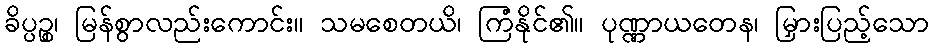
ခိပ္ပဉ္စ၊ မြန်စွာလည်းကောင်း။ သမစေတယိ၊ ကြံနိုင်၏။ ပုဏ္ဏာယတေန၊ မြှားပြည့်သော